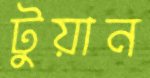
টুয়ান